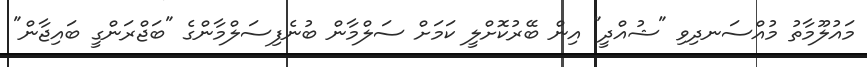
މައުލޫމާތު މުއްސަނދިވި "ޝުއްދީ" އިން ބޭރުކޮށްލީ ކަމަށް ސަލްމާން ބުނެފިސަލްމާންގެ "ބަޖްރަންގީ ބައިޖާން"